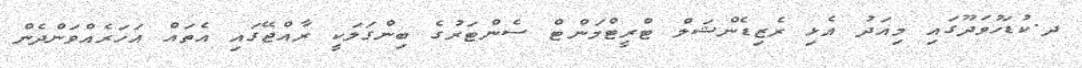
ދ.ކުޑަހުވަދޫގައި މިއަދު އެޅި ރެޒިޑެންޝަލް ޓްރީޓްމަންޓް ސެންޓަރުގެ ބިންގަލަކީ ރާއްޖޭގައި އެތައް އަހަރެއްވަންދެން